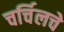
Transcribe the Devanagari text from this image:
चर्चिलचे